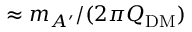
\approx m _ { A ^ { \prime } } / ( 2 \pi Q _ { \mathrm { D M } } )